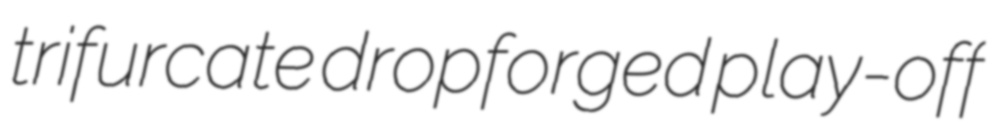
trifurcate dropforged play-off